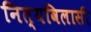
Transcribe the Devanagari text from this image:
नित्यविलासी